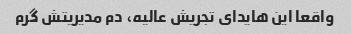
واقعا این هایدای تجریش عالیه، دم مدیریتش گرم